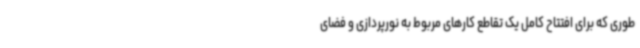
طوری که برای افتتاح کامل یک تقاطع کارهای مربوط به نورپردازی و فضای